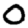
Digit: 0